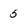
Character: 5